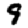
Digit: 9